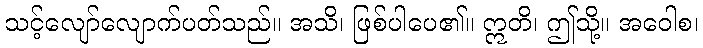
သင့်လျော်လျောက်ပတ်သည်။ အသိ၊ ဖြစ်ပါပေ၏။ ဣတိ၊ ဤသို့။ အဝေါစ၊